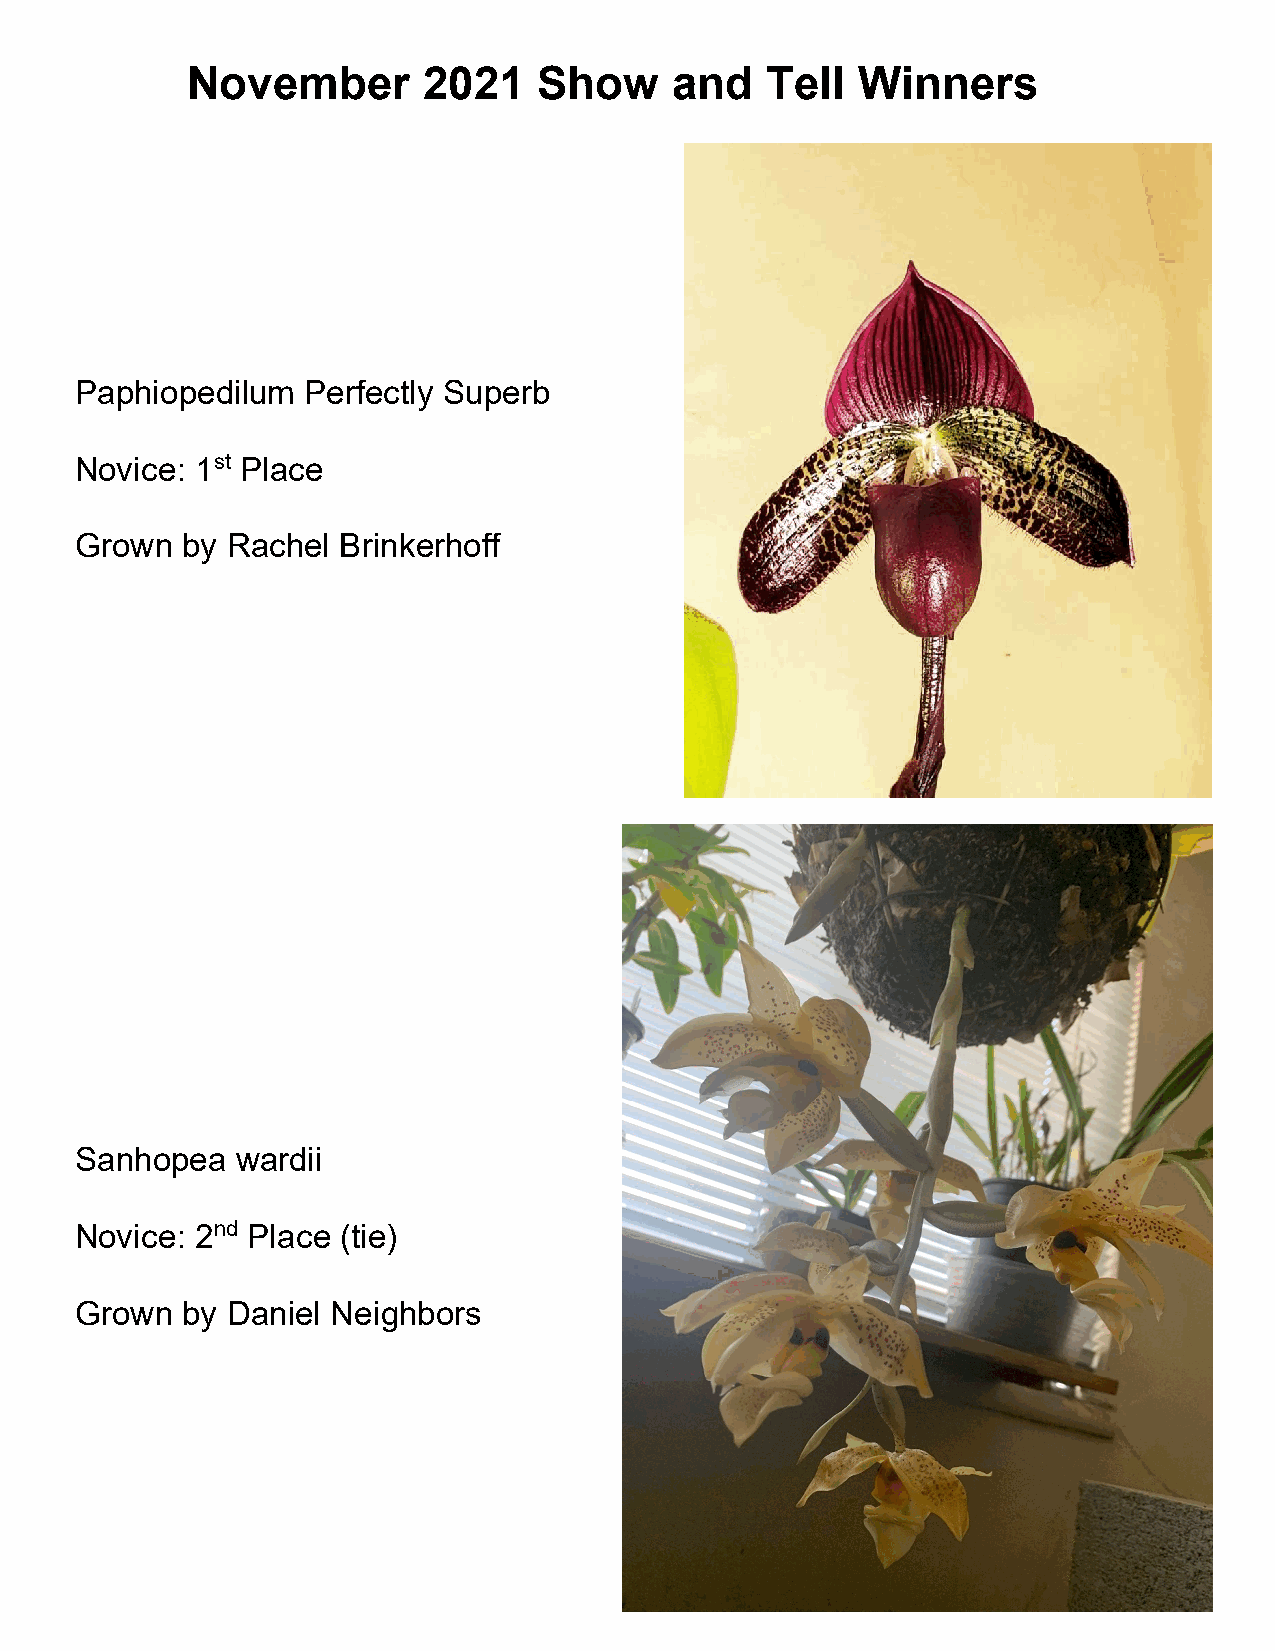
November        2021    Show    and    Tell  Winners
 Paphiopedilum  Perfectly Superb
 Novice: 1st Place
 Grown  by Rachel Brinkerhoff
 Sanhopea   wardii
 Novice: 2nd Place (tie)
 Grown  by Daniel Neighbors